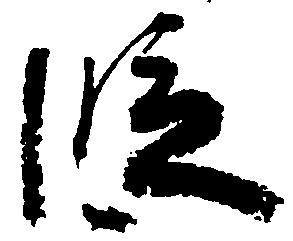
段